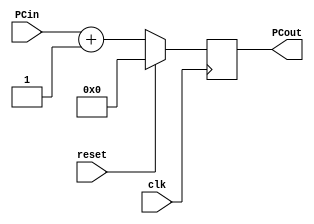
`timescale 1ns / 1ps
module ProgramCounter(clk, reset, PCin, PCout);

	input clk, reset;
	input [7:0] PCin;
	
	output reg [7:0] PCout;
	
	always @(posedge clk) begin
		if (reset == 1) 
			PCout = 0;
		else 
			PCout = PCin + 1; 
	end
endmodule